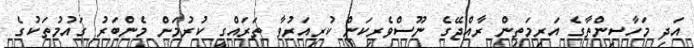
އަދި މަހާސިންތާގެ އަރިމަތިން ރާއްޖޭގެ ނޫސްވެރިކަން ކުރިއަރުވާ ތަރައްގީ ކުރުމަށް މެންބަރު ގައުމުތަކުގެ